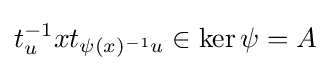
t_{u}^{-1}xt_{\psi (x)^{-1}u}\in \ker \psi =A